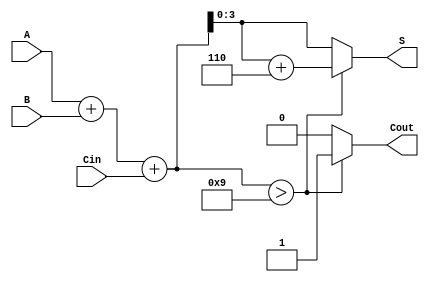
module BCD_Adder (
    input [3:0] A,      // First BCD digit
    input [3:0] B,      // Second BCD digit
    input Cin,          // Carry-in
    output reg [3:0] S, // BCD sum output
    output reg Cout     // Carry-out
);

    wire [4:0] Sum;     // 5-bit sum to accommodate carry
    wire [4:0] Corrected_Sum; // Sum after correction

    // Step 1: Perform binary addition
    assign Sum = A + B + Cin;

    // Step 2: Check if correction is needed
    always @(*) begin
        if (Sum > 9) begin
            // Apply BCD correction by adding 6
            Corrected_Sum = Sum + 5'b0110; // 6 in binary
            Cout = 1; // Set carry-out
        end else begin
            Corrected_Sum = Sum; // No correction needed
            Cout = 0; // No carry-out
        end

        // Step 3: Assign the lower 4 bits to the output S
        S = Corrected_Sum[3:0]; // Take the lower 4 bits as the BCD result
    end

endmodule